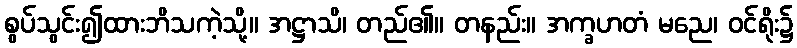
စွပ်သွင်း၍ထားဘိသကဲ့သို့။ အဋ္ဌာသိ၊ တည်၏။ တနည်း။ အက္ခဟတံ မညေ၊ ဝင်ရိုး၌